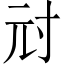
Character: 㝴